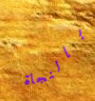
بالنجاة